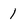
Character: 1